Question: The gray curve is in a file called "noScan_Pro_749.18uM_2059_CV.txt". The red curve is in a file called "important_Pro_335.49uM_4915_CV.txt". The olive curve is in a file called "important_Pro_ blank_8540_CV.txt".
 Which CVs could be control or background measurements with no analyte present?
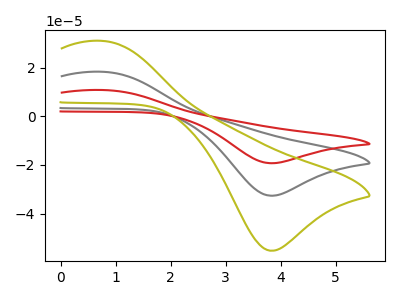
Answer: <think>The gray curve "Pro, 749.18uM" has an anodic peak at (0.75V, 18.30uA) and a cathodic peak at (3.85V, -32.65uA). The red curve "Pro, 335.49uM" has an anodic peak at (0.75V, 36.65uA) and a cathodic peak at (3.85V, -65.35uA). The olive curve "Pro,  blank" has an anodic peak at (0.75V, 31.00uA) and a cathodic peak at (3.85V, -55.30uA).</think>
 <answer>There are not any CV's on this graph that are likely to be blanks.</answer>
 <eval>none</eval>